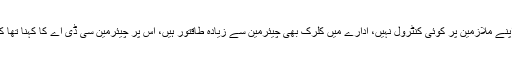
چیف جسٹس نے ریمارکس دیے کہ سی ڈی اے کا اپنے ملازمین پر کوئی کنٹرول نہیں، ادارے میں کلرک بھی چیئرمین سے زیادہ طاقتور ہیں، اس پر چیئرمین سی ڈی اے کا کہنا تھا کہ جن کا تبادلہ کرتا ہوں وہ حکم امتناع لے آتے ہیں۔